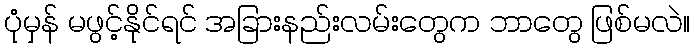
ပုံမှန် မဖွင့်နိုင်ရင် အခြားနည်းလမ်းတွေက ဘာတွေ ဖြစ်မလဲ။